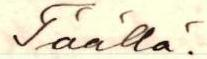
Täällä.